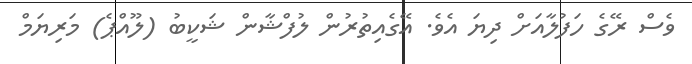
ވެސް ރޭގެ ހަފުލާއަށް ދިޔަ އެވެ. އޭގެއިތުރުން ލުފްޝާން ޝަކީބު (ލޫއްޕެ) މަރިޔަމް